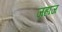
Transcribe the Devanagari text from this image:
जहांज